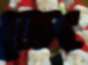
জেং